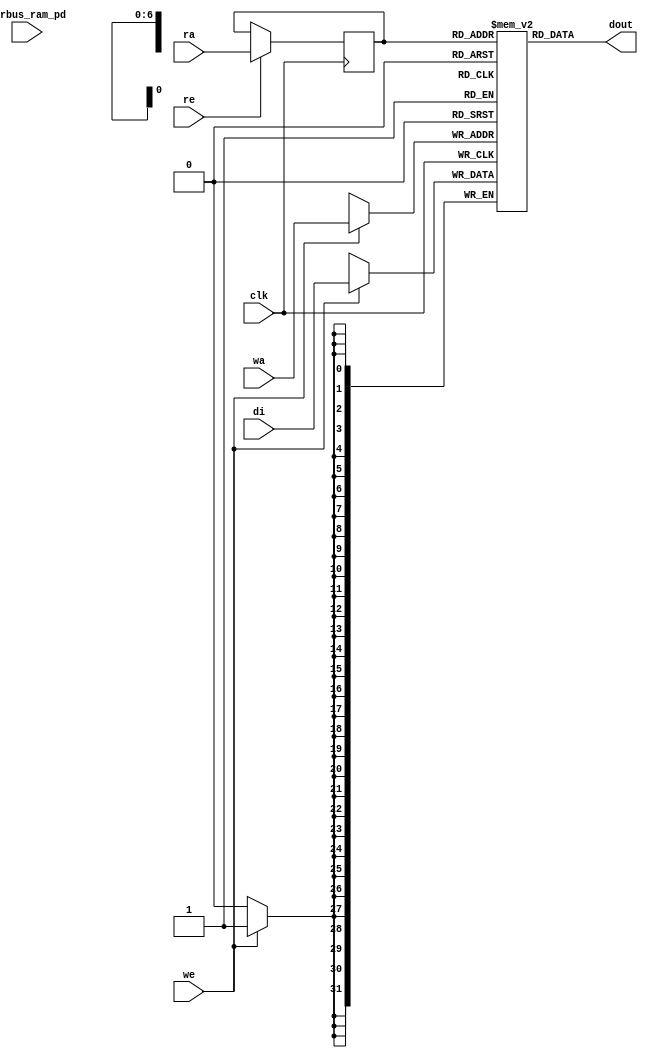
module nv_ram_rws_128x32 (
  clk,
  ra,
  re,
  dout,
  wa,
  we,
  di,
  pwrbus_ram_pd
);
parameter FORCE_CONTENTION_ASSERTION_RESET_ACTIVE=1'b0;
// port list
input clk;
input [6:0] ra;
input re;
output [31:0] dout;
input [6:0] wa;
input we;
input [31:0] di;
input [31:0] pwrbus_ram_pd;
//reg and wire list
reg [6:0] ra_d;
wire [31:0] dout;
reg [31:0] M [127:0];
always @( posedge clk ) begin
    if (we)
       M[wa] <= di;
end
always @( posedge clk ) begin
    if (re)
       ra_d <= ra;
end
assign dout = M[ra_d];
endmodule